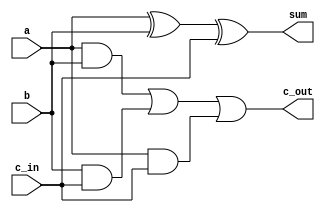
module full_adder (
    input wire a,
    input wire b,
    input wire c_in,
    output wire sum,
    output wire c_out
);
    assign sum = a ^ b ^ c_in;         // Sum calculation
    assign c_out = (a & b) | (b & c_in) | (a & c_in); // Carry calculation
endmodule